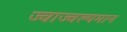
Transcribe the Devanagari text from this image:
ज्वाज्वल्यमान